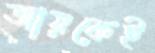
আয়কেই